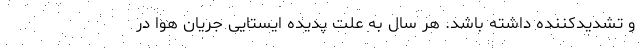
و تشدیدکننده داشته باشد. هر سال به علت پدیده ایستایی جریان هوا در